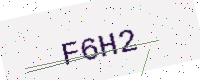
Text: F6H2